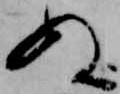
ぬ